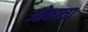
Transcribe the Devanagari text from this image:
ओठाचा